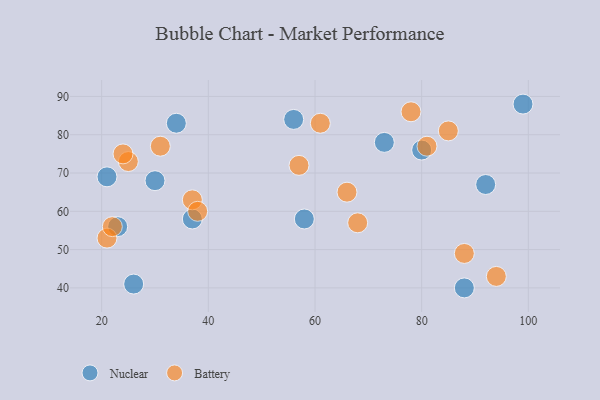
{"axis": {"x": "GDP", "y": "Life Expectancy"}, "legend": ["Battery", "Nuclear"], "data": [{"x": "23", "y": 56, "type": "Nuclear"}, {"x": "56", "y": 84, "type": "Nuclear"}, {"x": "88", "y": 40, "type": "Nuclear"}, {"x": "37", "y": 58, "type": "Nuclear"}, {"x": "26", "y": 41, "type": "Nuclear"}, {"x": "34", "y": 83, "type": "Nuclear"}, {"x": "73", "y": 78, "type": "Nuclear"}, {"x": "99", "y": 88, "type": "Nuclear"}, {"x": "92", "y": 67, "type": "Nuclear"}, {"x": "80", "y": 76, "type": "Nuclear"}, {"x": "21", "y": 69, "type": "Nuclear"}, {"x": "30", "y": 68, "type": "Nuclear"}, {"x": "58", "y": 58, "type": "Nuclear"}, {"x": "31", "y": 77, "type": "Battery"}, {"x": "78", "y": 86, "type": "Battery"}, {"x": "94", "y": 43, "type": "Battery"}, {"x": "37", "y": 63, "type": "Battery"}, {"x": "21", "y": 53, "type": "Battery"}, {"x": "81", "y": 77, "type": "Battery"}, {"x": "22", "y": 56, "type": "Battery"}, {"x": "25", "y": 73, "type": "Battery"}, {"x": "88", "y": 49, "type": "Battery"}, {"x": "61", "y": 83, "type": "Battery"}, {"x": "38", "y": 60, "type": "Battery"}, {"x": "24", "y": 75, "type": "Battery"}, {"x": "85", "y": 81, "type": "Battery"}, {"x": "57", "y": 72, "type": "Battery"}, {"x": "66", "y": 65, "type": "Battery"}, {"x": "68", "y": 57, "type": "Battery"}]}